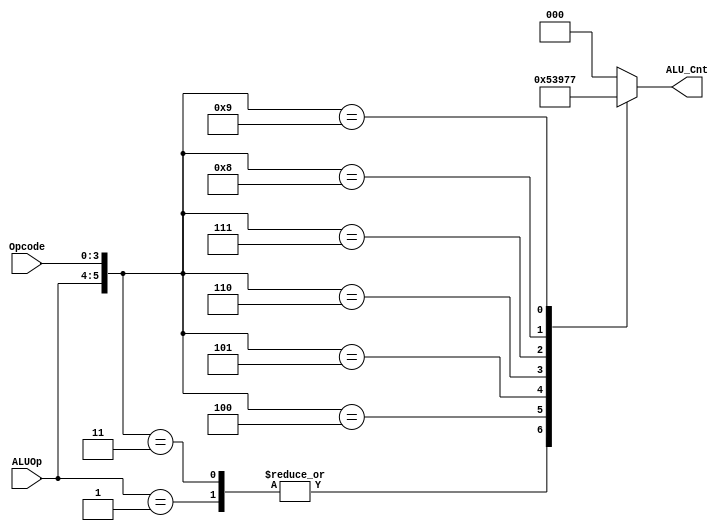
`timescale 1ns / 1ps
//////////////////////////////////////////////////////////////////////////////////
// Company: 
// Engineer: 
// 
// Design Name: 
// Module Name: alu_control
// Project Name: 
// Target Devices: 
// Tool Versions: 
// Description: 
// 
// Dependencies: 
// 
// Revision:
// Revision 0.01 - File Created
// Additional Comments:
// 
//////////////////////////////////////////////////////////////////////////////////


module alu_control(
    input [1:0] ALUOp,
    input [3:0] Opcode,
    output reg [2:0] ALU_Cnt
    );
    
    wire [5:0] ALUControlIn;
    
    assign ALUControlIn = {ALUOp, Opcode};
    
    always @(ALUControlIn)
    casex (ALUControlIn)
        6'b10xxxx: ALU_Cnt = 3'b000;
        6'b01xxxx: ALU_Cnt = 3'b001;
        6'b000010: ALU_Cnt = 3'b000;    // perform addition
        6'b000011: ALU_Cnt = 3'b001;    // perform subtraction
        6'b000100: ALU_Cnt = 3'b010;    // perform bitwise AND
        6'b000101: ALU_Cnt = 3'b011;    // perform bitwise OR
        6'b000110: ALU_Cnt = 3'b100;    // perform shift left
        6'b000111: ALU_Cnt = 3'b101;    // perform shift right
        6'b001000: ALU_Cnt = 3'b110;    // perform bitwise XOR
        6'b001001: ALU_Cnt = 3'b111;    // set less than
        default: ALU_Cnt = 3'b000;
     endcase
endmodule